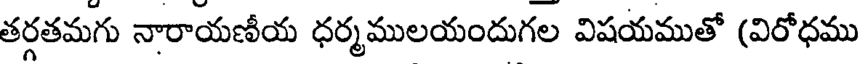
తర్గతమగు నారాయణీయ ధర్మములయందుగల విషయముతో (విరోధము